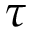
\tau